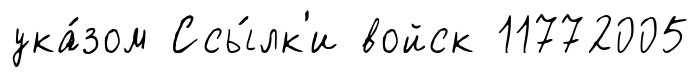
ука́зом Ссы́лк'и войск 11772005